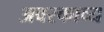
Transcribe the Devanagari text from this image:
अवरकाव्य